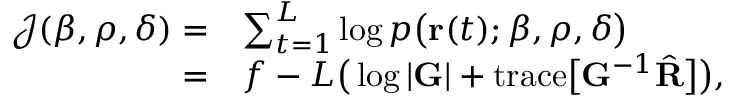
\begin{array} { r l } { \mathcal { J } ( \boldsymbol { \beta } , \boldsymbol { \rho } , \boldsymbol { \delta } ) = } & { \sum _ { t = 1 } ^ { L } \log \mathnormal { p } \big ( \mathbf { r } ( t ) ; \boldsymbol { \beta } , \boldsymbol { \rho } , \boldsymbol { \delta } \big ) } \\ { = } & { f - L \big ( \log \vert \mathbf { G } \vert + \mathrm { t r a c e } \big [ \mathbf { G } ^ { - 1 } \hat { \mathbf { R } } \big ] \big ) , } \end{array}